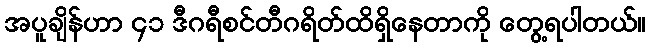
အပူချိန်ဟာ ၄၁ ဒီဂရီစင်တီဂရိတ်ထိရှိနေတာကို တွေ့ရပါတယ်။